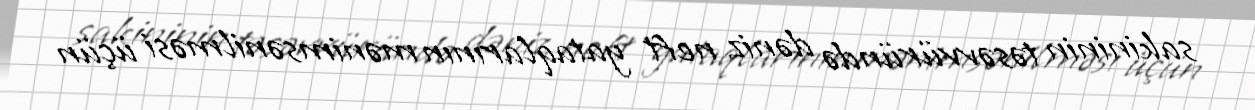
sakininin təsəvvüründə dəniz neft yataqlarının mənimsənilməsi üçün